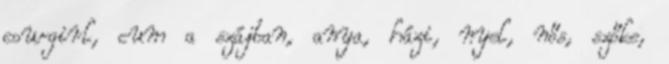
cowgirl, cum a szájban, anya, házi, nyel, nős, szőke,